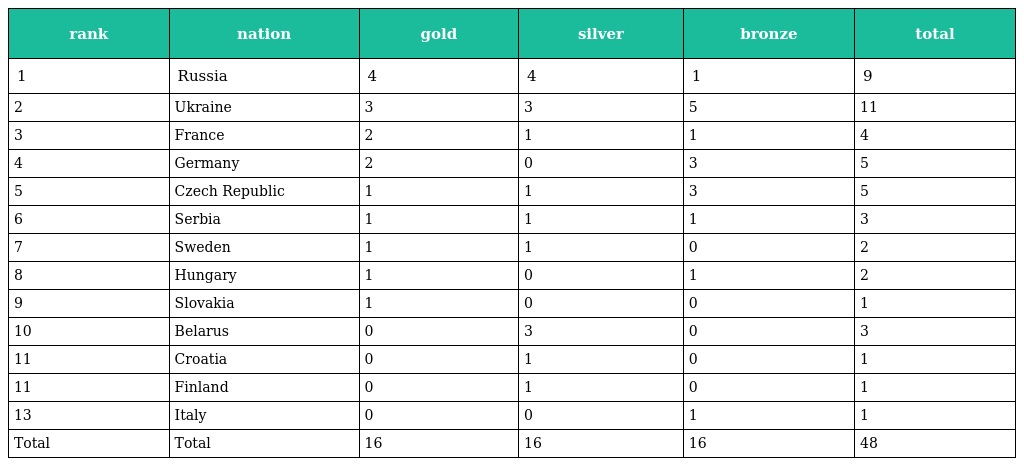
| rank | nation | gold | silver | bronze | total |
 | --- | --- | --- | --- | --- | --- |
 | 1 | Russia | 4 | 4 | 1 | 9 |
 | 2 | Ukraine | 3 | 3 | 5 | 11 |
 | 3 | France | 2 | 1 | 1 | 4 |
 | 4 | Germany | 2 | 0 | 3 | 5 |
 | 5 | Czech Republic | 1 | 1 | 3 | 5 |
 | 6 | Serbia | 1 | 1 | 1 | 3 |
 | 7 | Sweden | 1 | 1 | 0 | 2 |
 | 8 | Hungary | 1 | 0 | 1 | 2 |
 | 9 | Slovakia | 1 | 0 | 0 | 1 |
 | 10 | Belarus | 0 | 3 | 0 | 3 |
 | 11 | Croatia | 0 | 1 | 0 | 1 |
 | 11 | Finland | 0 | 1 | 0 | 1 |
 | 13 | Italy | 0 | 0 | 1 | 1 |
 | Total | Total | 16 | 16 | 16 | 48 |